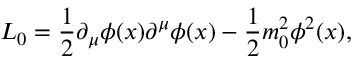
{ \cal L } _ { 0 } = \frac { 1 } { 2 } \partial _ { \mu } \phi ( x ) \partial ^ { \mu } \phi ( x ) - \frac { 1 } { 2 } m _ { 0 } ^ { 2 } \phi ^ { 2 } ( x ) ,